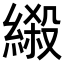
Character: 𦃏